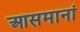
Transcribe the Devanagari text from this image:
आसमानां